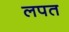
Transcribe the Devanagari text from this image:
लपत